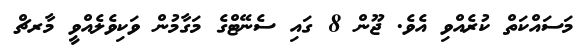
މަސައްކަތް ކުރެއްވި އެވެ. ޖޫން 8 ގައި ސެނޭޓްގެ މަގާމުން ވަކިވެލެއްވީ މާރޗް